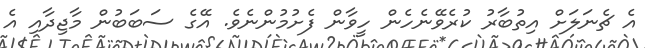
އެ ޗެނަލަށް އިތުބާރު ކުރެވޭނެހެން ހީވާން ފެށުމުންނެވެ. އޭގެ ސަބަބުން މާޖިދާއި އެ